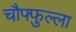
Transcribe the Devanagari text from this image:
चौफ्फुल्ला